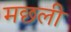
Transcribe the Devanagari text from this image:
मछली